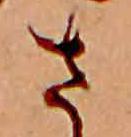
さ